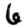
Digit: 6